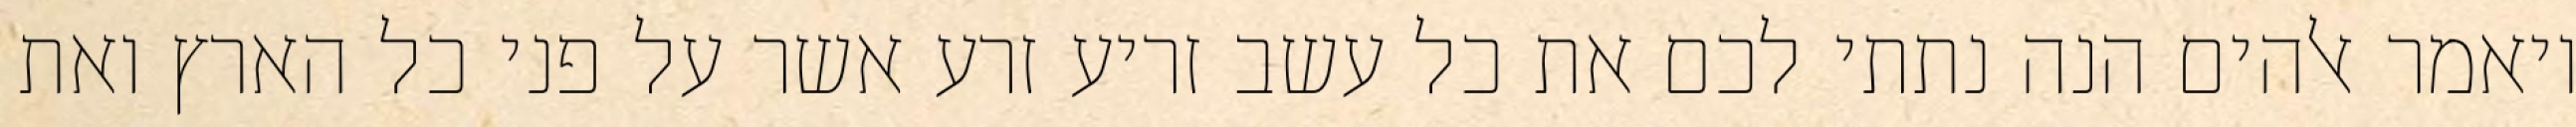
ויאמר אלהים הנה נתתי לכם את כל עשב זריע זרע אשר על פני כל הארץ ואת